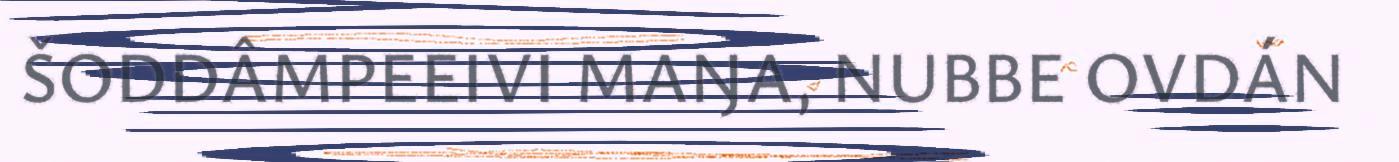
ŠODDÂMPEEIVI MAŊA, NUBBE OVDÁN